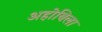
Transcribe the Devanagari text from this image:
अहोबिला